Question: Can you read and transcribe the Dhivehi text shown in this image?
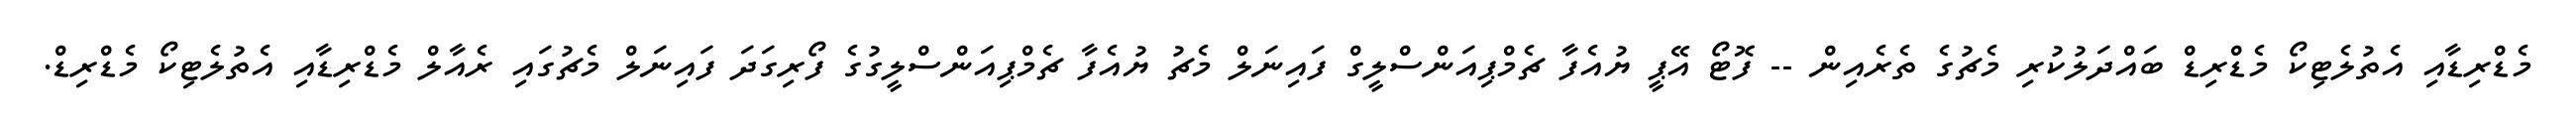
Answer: މެޑްރިޑާއި އެތުލެޓިކޯ މެޑްރިޑް ބައްދަލުކުރި މެޗުގެ ތެރެއިން -- ފޮޓޯ އޭޕީ ޔުއެފާ ޗެމްޕިއަންސްލީގް ފައިނަލް މެޗު ޔުއެފާ ޗެމްޕިއަންސްލީގުގެ ފޯރިގަދަ ފައިނަލް މެޗުގައި ރެއާލް މެޑްރިޑާއި އެތުލެޓިކޯ މެޑްރިޑް.